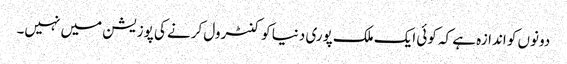
دونوں کو اندازہ ہے کہ کوئی ایک ملک پوری دنیا کو کنٹرول کرنے کی پوزیشن میں نہیں۔